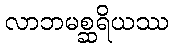
လာဘမစ္ဆရိယဿ